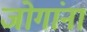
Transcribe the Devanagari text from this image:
जोगांना